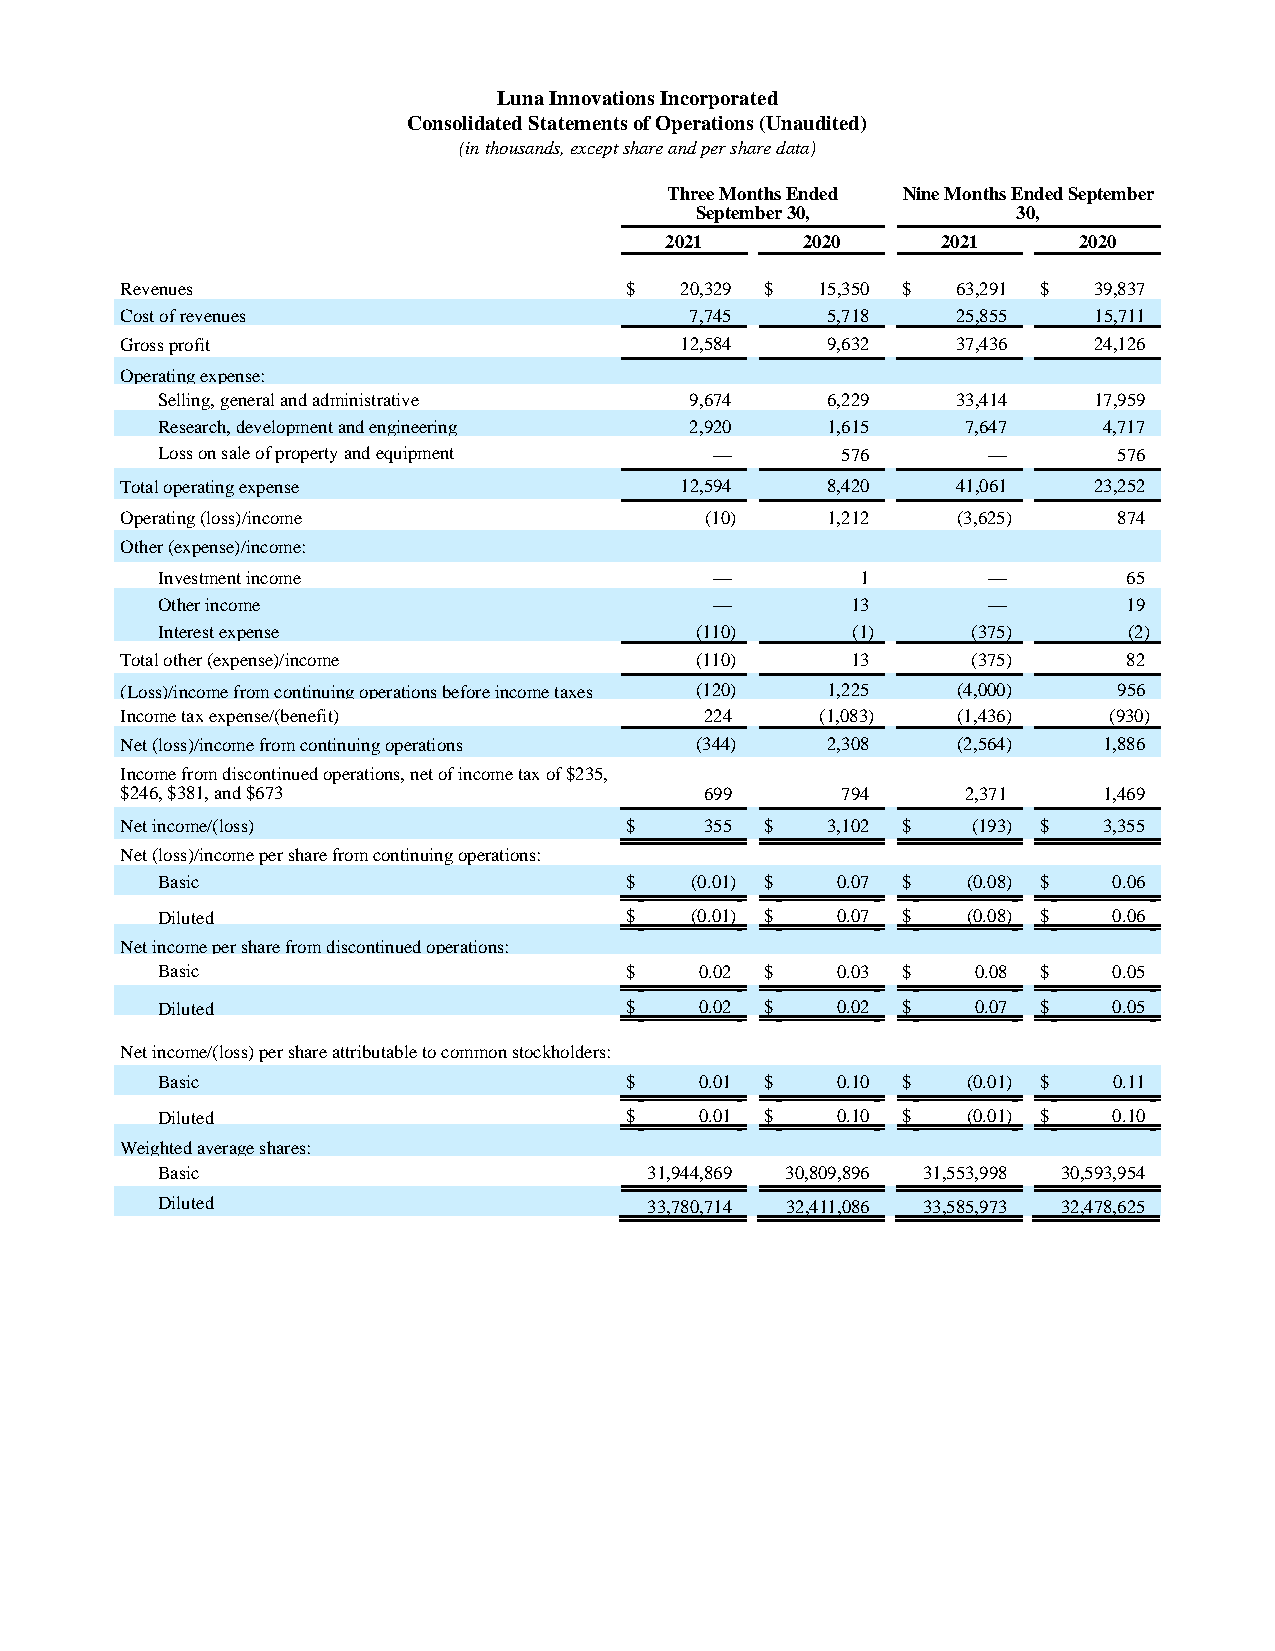
Luna Innovations Incorporated
 Consolidated Statements of Operations (Unaudited)
 (in thousands, except share and per share data)
 Three Months Ended Nine Months Ended September
 September 30,        30,
 2021     2020     2021     2020
 Revenues                         $   20,329 $ 15,350 $ 63,291 $ 39,837
 Cost of revenues                      7,745    5,718   25,855   15,711
 Gross profit                         12,584    9,632   37,436   24,126
 Operating expense:
 Selling, general and administrative 9,674    6,229   33,414   17,959
 Research, development and engineering 2,920  1,615    7,647    4,717
 Loss on sale of property and equipment —      576      —        576
 Total operating expense              12,594    8,420   41,061   23,252
 Operating (loss)/income                (10)    1,212   (3,625)    874
 Other (expense)/income:
 Investment income                    —         1       —         65
 Other income                         —        13       —         19
 Interest expense                    (110)     (1)     (375)      (2)
 Total other (expense)/income          (110)     13      (375)      82
 (Loss)/income from continuing operations before income taxes (120) 1,225 (4,000) 956
 Income tax expense/(benefit)           224    (1,083)  (1,436)   (930)
 Net (loss)/income from continuing operations (344) 2,308 (2,564) 1,886
 Income from discontinued operations, net of income tax of $235,
 $246, $381, and $673                   699      794     2,371    1,469
 Net income/(loss)                $     355 $   3,102 $  (193) $  3,355
 Net (loss)/income per share from continuing operations:
 Basic                          $    (0.01) $ 0.07 $   (0.08) $  0.06
 Diluted                        $    (0.01) $ 0.07 $   (0.08) $  0.06
 Net income per share from discontinued operations:
 Basic                          $    0.02 $   0.03 $    0.08 $   0.05
 Diluted                        $    0.02 $   0.02 $    0.07 $   0.05
 Net income/(loss) per share attributable to common stockholders:
 Basic                          $    0.01 $   0.10 $   (0.01) $  0.11
 Diluted                        $    0.01 $   0.10 $   (0.01) $  0.10
 Weighted average shares:
 Basic                            31,944,869 30,809,896 31,553,998 30,593,954
 Diluted                          33,780,714 32,411,086 33,585,973 32,478,625